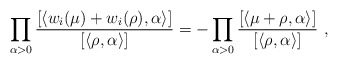
\begin{align*}\prod_{\alpha>0}\frac{[\langle w_i(\mu)+w_i(\rho), \alpha\rangle]}{[\langle\rho,\alpha\rangle]}=-\prod_{\alpha>0}\frac{[\langle\mu+\rho, \alpha \rangle]}{[\langle\rho,\alpha\rangle]}~,\end{align*}